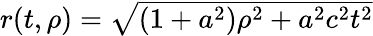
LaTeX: \textstyle r(t,\rho)={\sqrt{(1+a^{2})\rho^{2}+a^{2}c^{2}t^{2}}}